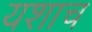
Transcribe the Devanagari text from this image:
यशाच